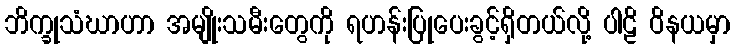
ဘိက္ခုသံဃာဟာ အမျိုးသမီးတွေကို ရဟန်းပြုပေးခွင့်ရှိတယ်လို့ ပါဠိ ဝိနယမှာ